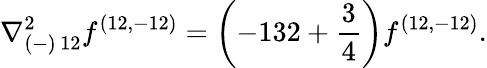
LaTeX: {\nabla_{(-)\, 12}^{2}f^{(12,-12)}=\left(-132+{\frac{3}{4}}\right)f^{(12,-12)}.}